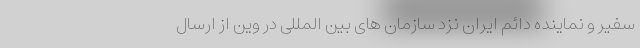
سفیر و نماینده دائم ایران نزد سازمان های بین المللی در وین از ارسال